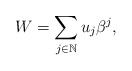
\begin{align*} W = \sum_{j \in \mathbb{N}} u_j \beta^j,\end{align*}